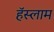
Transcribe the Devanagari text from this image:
हॅस्लाम